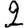
Digit: 2